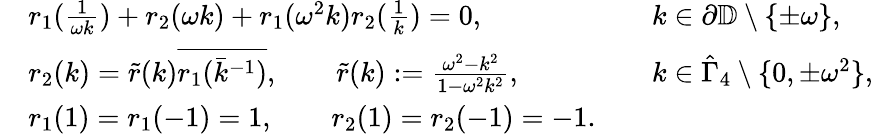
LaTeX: \begin{array}{rlrl}&{r_{1}(\frac{1}{\omega k})+r_{2}(\omega k)+r_{1}(\omega^{2}k)r_{2}(\frac{1}{k})=0,}&&{k\in\partial{\mathbb D}\setminus\{ \pm\omega\} ,}\\ &{r_{2}(k)=\tilde{r}(k)\overline{{r_{1}(\bar{k}^{-1})}},\qquad\tilde{r}(k):=\frac{\omega^{2}-k^{2}}{1-\omega^{2}k^{2}},}&&{k\in\hat{\Gamma}_{4}\setminus\{ 0,\pm\omega^{2}\} ,}\\ &{r_{1}(1)=r_{1}(-1)=1,\qquad r_{2}(1)=r_{2}(-1)=-1.}\end{array}